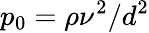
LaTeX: p_{0}=\rho\nu^{2}/d^{2}